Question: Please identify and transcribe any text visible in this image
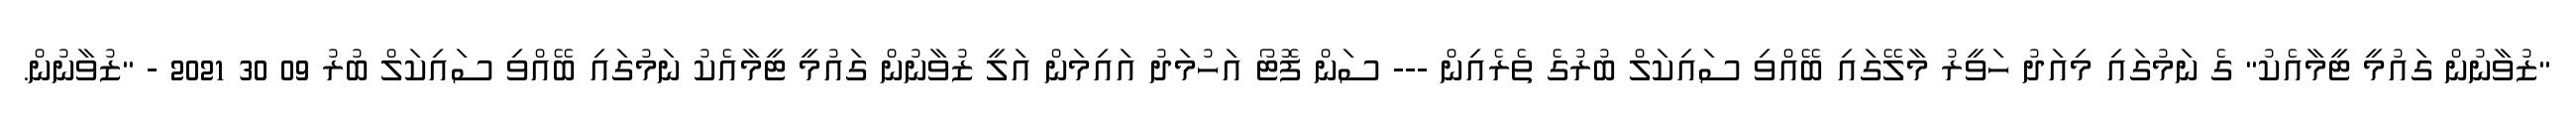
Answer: "ޒުވާނުން ގައުމީ ޓީމާއެކު" ގެ ނަމުގައި މިއަދު ހަވީރު މާލޭގައި ބޭއްވި ސައިކަލް ބުރުގެ ތެރެއިން --- ސަން ފޮޓޯ އަހުމަދު އައިމަން އަލީ ޒުވާނުން ގައުމީ ޓީމާއެކު ނަމުގައި ބޭއްވި ސައިކަލް ބުރު 09 30 2021 - "ޒުވާނުން.